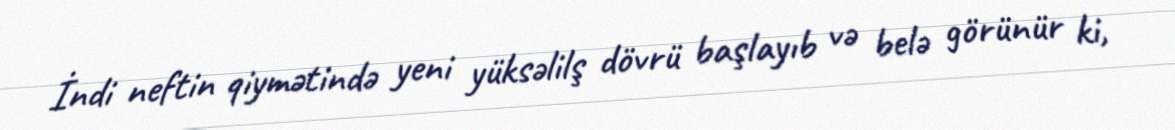
İndi neftin qiymətində yeni yüksəlilş dövrü başlayıb və belə görünür ki,